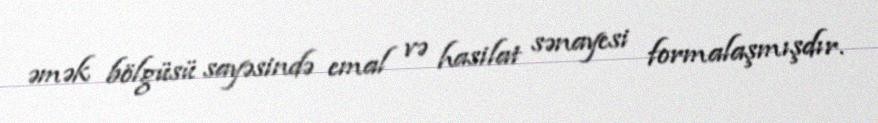
əmək bölgüsü sayəsində emal və hasilat sənayesi formalaşmışdır.